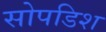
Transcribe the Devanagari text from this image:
सोपडिश